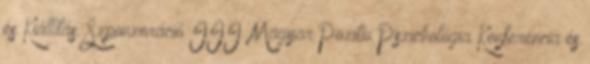
és Kiállítás. Szponzoráció III. Magyar Pozitív Pszichológia Konferencia és